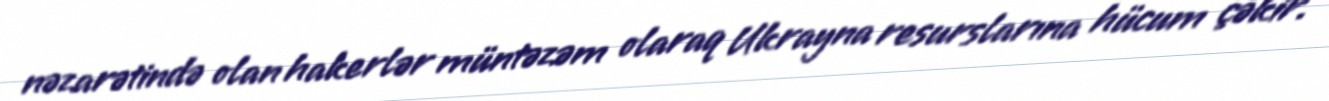
nəzarətində olan hakerlər müntəzəm olaraq Ukrayna resurslarına hücum çəkir.